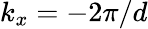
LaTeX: k_{x}=-2\pi/d